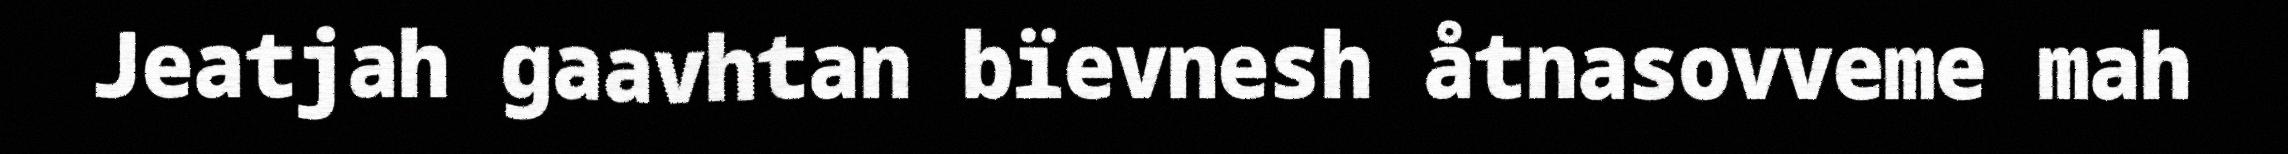
Jeatjah gaavhtan bïevnesh åtnasovveme mah